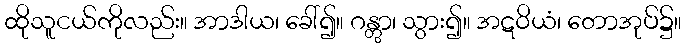
ထိုသူငယ်ကိုလည်း။ အာဒါယ၊ ခေါ်၍။ ဂန္တွာ၊ သွား၍။ အဋဝိယံ၊ တောအုပ်၌။